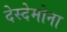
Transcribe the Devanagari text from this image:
देस्देमोना